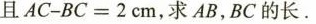
且$$A C - B C = 2 c m$$，求AB，BC的长。